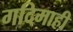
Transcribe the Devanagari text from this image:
गदिमाही